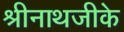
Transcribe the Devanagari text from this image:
श्रीनाथजीके